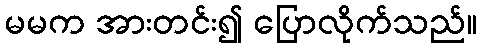
မမက အားတင်း၍ ပြောလိုက်သည်။